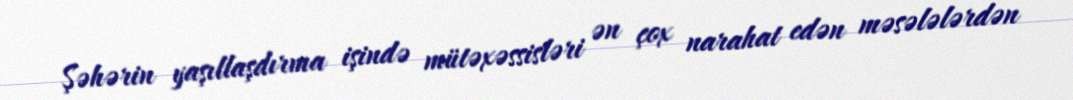
Şəhərin yaşıllaşdırma işində mütəxəssisləri ən çox narahat edən məsələlərdən